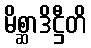
မိစ္ဆာဒိဋ္ဌီတိ